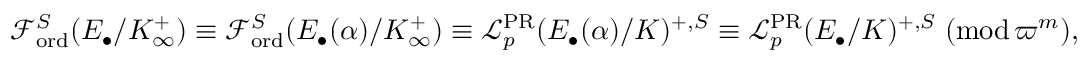
\mathcal { F } _ { \mathrm { o r d } } ^ { S } ( E _ { \bullet } / K _ { \infty } ^ { + } ) \equiv \mathcal { F } _ { \mathrm { o r d } } ^ { S } ( E _ { \bullet } ( \alpha ) / K _ { \infty } ^ { + } ) \equiv \mathcal { L } _ { p } ^ { \mathrm { P R } } ( E _ { \bullet } ( \alpha ) / K ) ^ { + , S } \equiv \mathcal { L } _ { p } ^ { \mathrm { P R } } ( E _ { \bullet } / K ) ^ { + , S } \; ( \mathrm { m o d } \, \varpi ^ { m } ) ,